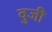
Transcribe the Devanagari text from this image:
वुजी